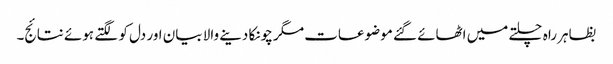
بظاہر راہ چلتے میں اٹھائے گئے موضوعات مگر چونکا دینے والا بیان اور دل کو لگتے ہوئے نتائج۔